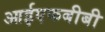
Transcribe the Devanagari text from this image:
आईएफबीबी